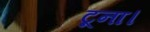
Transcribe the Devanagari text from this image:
टूना।